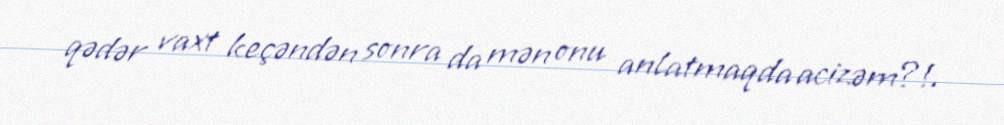
qədər vaxt keçəndən sonra da mən onu anlatmaqda acizəm?!.